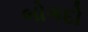
બોગદો